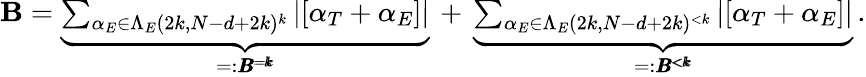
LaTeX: \begin{array}{r}{\textbf{B}=\underbrace{\sum_{\alpha_{E}\in\Lambda_{E}(2k,N-d+2k)^{k}}|[\alpha_{T}+\alpha_{E}]|}_{=:\pmb{B^{=k}}}\, +\, \underbrace{\sum_{\alpha_{E}\in\Lambda_{E}(2k,N-d+2k)^{<k}}|[\alpha_{T}+\alpha_{E}]|}_{=:\pmb{B^{<k}}}\, .}\end{array}